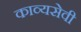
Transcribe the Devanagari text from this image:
काव्यसेवी